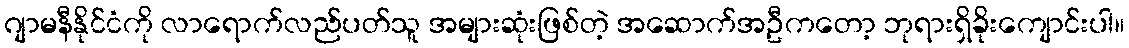
ဂျာမနီနိုင်ငံကို လာရောက်လည်ပတ်သူ အများဆုံးဖြစ်တဲ့ အဆောက်အဦကတော့ ဘုရားရှိခိုးကျောင်းပါ။